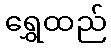
ရွှေထည်